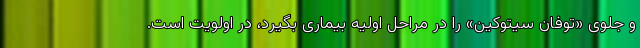
و جلوی «توفان سیتوکین» را در مراحل اولیه بیماری بگیرد، در اولویت است.